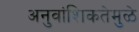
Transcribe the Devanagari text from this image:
अनुवांशिकतेमुळे